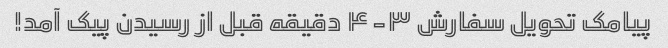
پیامک تحویل سفارش ۳-۴ دقیقه قبل از رسیدن پیک آمد!